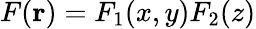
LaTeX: F(\mathbf{r})=F_{1}(x,y)F_{2}(z)